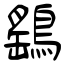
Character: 鷂